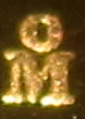
OM